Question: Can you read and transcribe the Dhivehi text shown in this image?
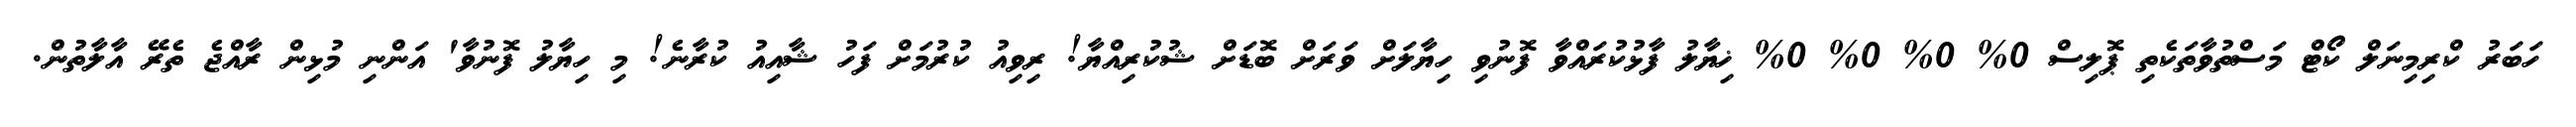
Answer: ހަބަރު ކްރިމިނަލް ކޯޓް މަސްތުވާތަކެތި ޕޮލިސް 0% 0% 0% 0% ޚިޔާލު ފާޅުކުރައްވާ ފޮނުވި ހިޔާލަށް ވަރަށް ބޮޑަށް ޝުކުރިއްޔާ! ރިވިއު ކުރުމަށް ފަހު ޝާއިއު ކުރާނެ! މި ހިޔާލު ފޮނުވާ' އަންނި މުޅިން ރާއްޖެ ތެރޭ އާލާތުން.